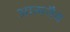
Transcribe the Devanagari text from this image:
आत्मनैव